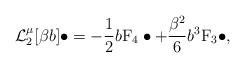
LaTeX: \begin{align*} \mathcal{L}_2^{\mu}[\beta b]\bullet =-\frac{1}{2}b \mathrm{F}_4\bullet+\frac{\beta^2}{6}b^3\mathrm{F}_3\bullet, \end{align*}